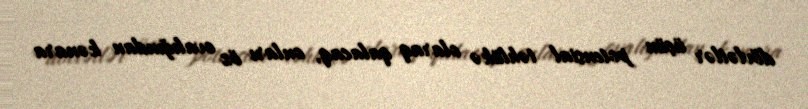
dövlətlər üçün potensial təhlükə olaraq qalacaq, onları öz ovalığından kənara